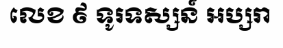
លេខ ៩ ទូរទស្សន៍ អប្សរា